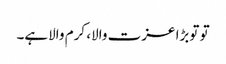
تو توبڑا عزت والا، کرم والاہے۔